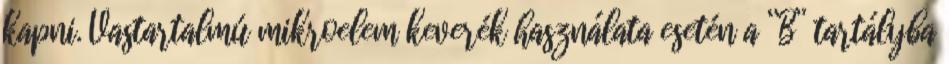
kapni. Vastartalmú mikroelem keverék használata esetén a “B” tartályba